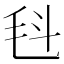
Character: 𣬯